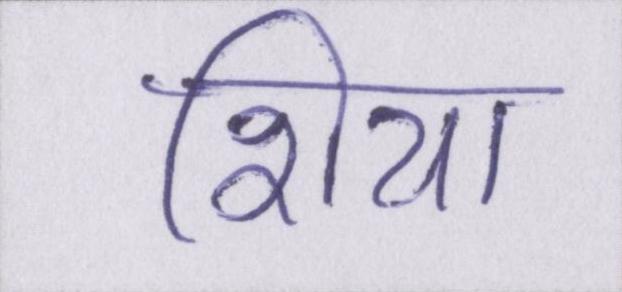
शिया